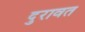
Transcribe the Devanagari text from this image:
दुरावत